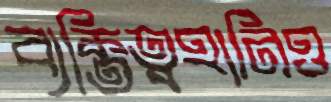
ব্যক্তিত্বহানিও